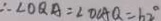
\therefore \angle O Q A = \angle O C A Q = 6 2 ^ { \circ }